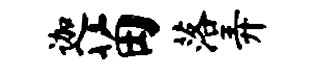
迦苗落弄